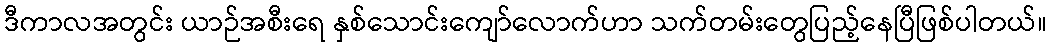
ဒီကာလအတွင်း ယာဉ်အစီးရေ နှစ်သောင်းကျော်လောက်ဟာ သက်တမ်းတွေပြည့်နေပြီဖြစ်ပါတယ်။